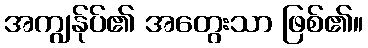
အကျွန်ုပ်၏ အတွေးသာ ဖြစ်၏။